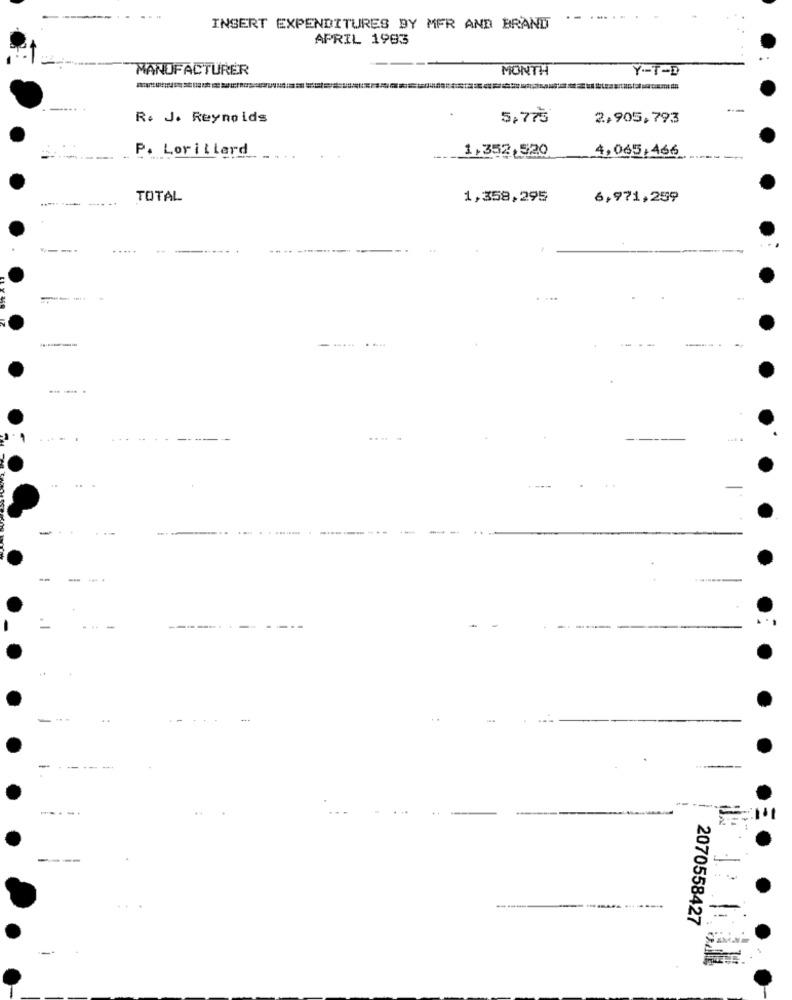
INSERT EXPENDITURES BY MER AND BRAND
APRIL 1983
MANUFACTURER
MONTH
Y-T-D
R. J. Reynolds
5,775
2.905,793
P. Lorillard
1,352,520
4,065,466
TOTAL
1,358,295
6,971,259
----
.....
....
...
----
2070558427